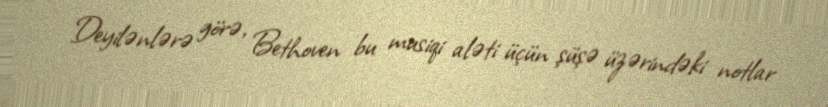
Deyilənlərə görə, Bethoven bu musiqi aləti üçün şüşə üzərindəki notlar